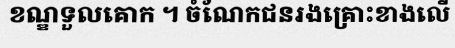
ខណ្ឌទួលគោក ។ ចំណែកជនរងគ្រោះខាងលើ